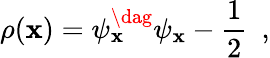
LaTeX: \rho(\mathbf{x})=\psi_{\mathbf{x}}^{\dag}\psi_{\mathbf{x}}-\frac{{1}}{{2}}\ \ ,